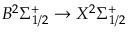
B ^ { 2 } \Sigma _ { 1 / 2 } ^ { + } \rightarrow X ^ { 2 } \Sigma _ { 1 / 2 } ^ { + }